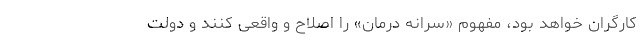
کارگران خواهد بود، مفهومِ «سرانه درمان» را اصلاح و واقعی کنند و دولت